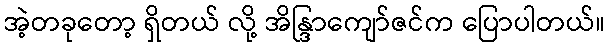
အဲ့တခုတော့ ရှိတယ် လို့ အိန္ဒြာကျော်ဇင်က ပြောပါတယ်။